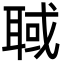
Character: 聝